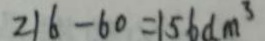
2 1 6 - 6 0 = 1 5 6 d m ^ { 3 }